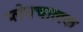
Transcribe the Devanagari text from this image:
प्लेनचालक